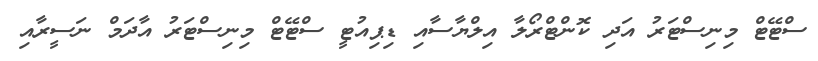
ސްޓޭޓް މިނިސްޓަރު އަދި ކޮންޓްރޯލާ އިލްޔާސާއި ޑިޕިއުޓީ ސްޓޭޓް މިނިސްޓަރު އާދަމް ނަސީރާއި